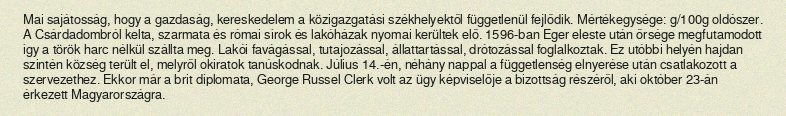
Mai sajátosság, hogy a gazdaság, kereskedelem a közigazgatási székhelyektől függetlenül fejlődik. Mértékegysége: g/100g oldószer. A Csárdadombról kelta, szarmata és római sírok és lakóházak nyomai kerültek elő. 1596-ban Eger eleste után őrsége megfutamodott így a török harc nélkül szállta meg. Lakói favágással, tutajozással, állattartással, drótozással foglalkoztak. Ez utóbbi helyén hajdan szintén község terült el, melyről okiratok tanúskodnak. Július 14.-én, néhány nappal a függetlenség elnyerése után csatlakozott a szervezethez. Ekkor már a brit diplomata, George Russel Clerk volt az ügy képviselője a bizottság részéről, aki október 23-án érkezett Magyarországra.